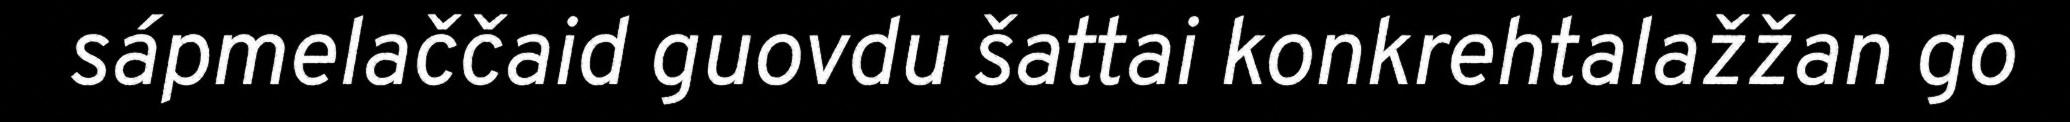
sápmelaččaid guovdu šattai konkrehtalažžan go